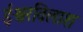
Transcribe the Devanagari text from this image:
ईश्वरविलाश